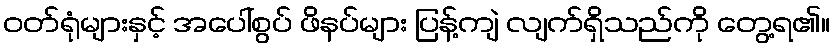
ဝတ်ရုံများနှင့် အပေါ်စွပ် ဖိနပ်များ ပြန့်ကျဲ လျက်ရှိသည်ကို တွေ့ရ၏။